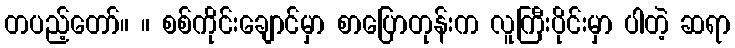
တပည့်တော်။ ။ စစ်ကိုင်းချောင်မှာ စာပြောတုန်းက လူကြီးပိုင်းမှာ ပါတဲ့ ဆရာ